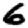
Digit: 6